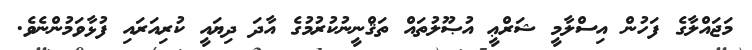
މަޖައްލާގެ ފަހުން އިސްލާމީ ޝަރްޢީ އުޞޫލުތައް ތަޤްނީނުކުރުމުގެ އާދަ ދިޔައީ ކުރިއަރައި ފުޅާވަމުންނެވެ.